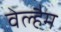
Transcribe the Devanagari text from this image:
वेल्हैम